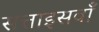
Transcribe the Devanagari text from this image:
सत्ताइसवाँ